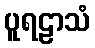
ပူရဠာသံ